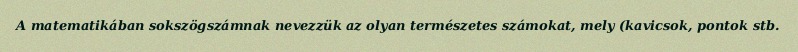
A matematikában sokszögszámnak nevezzük az olyan természetes számokat, mely (kavicsok, pontok stb.